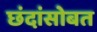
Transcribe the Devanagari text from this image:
छंदांसोबत